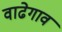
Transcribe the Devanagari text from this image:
वाढेगाव